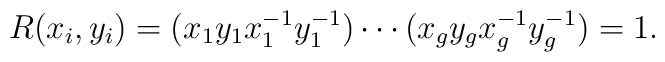
R(x_i,y_i) = (x_1y_1x_1^{-1}y_1^{-1}) \cdots(x_gy_gx_g^{-1}y_g^{-1}) = 1 .